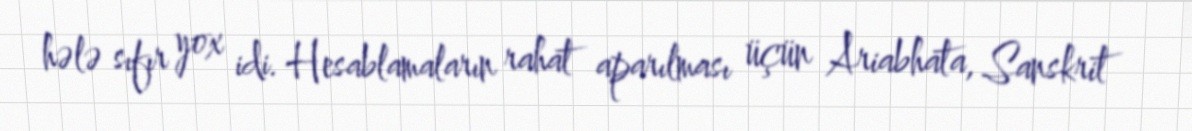
hələ sıfır yox idi. Hesablamaların rahat aparılması üçün Ariabhata, Sanskrit